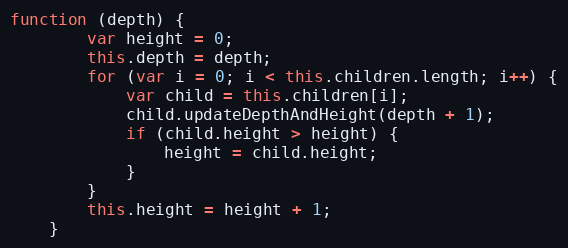
Language: JavaScript
function (depth) {
        var height = 0;
        this.depth = depth;
        for (var i = 0; i < this.children.length; i++) {
            var child = this.children[i];
            child.updateDepthAndHeight(depth + 1);
            if (child.height > height) {
                height = child.height;
            }
        }
        this.height = height + 1;
    }